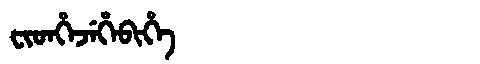
Manchu: ᠸᡳᡨᡥᡝᠵᡝᡥᡝᠪᡳᡥᡝ
Romanization: FITHEJEHEBIHE